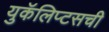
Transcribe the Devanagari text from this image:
युकॅलिप्टसची